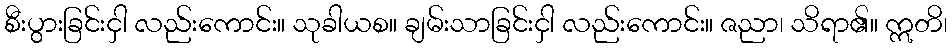
စီးပွားခြင်းငှါ လည်းကောင်း။ သုခါယစ။ ချမ်းသာခြင်းငှါ လည်းကောင်း။ ဇညာ၊ သိရာ၏။ ဣတိ၊